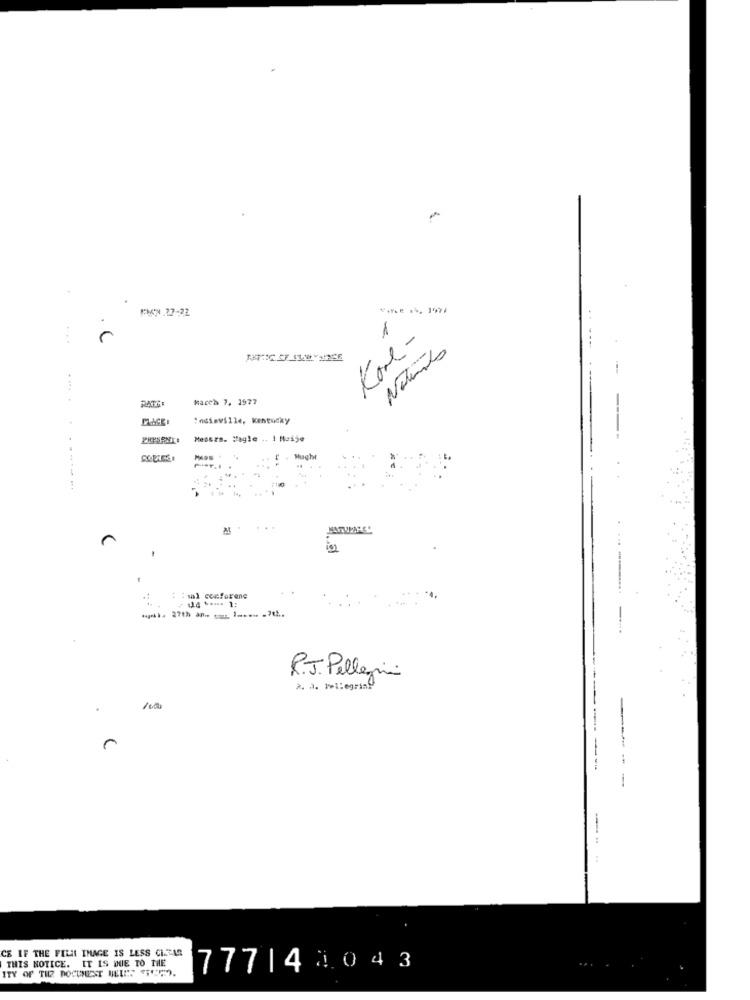
FMCN.27-22
1
r
Kore -
Notemito
. ....
RATE
March 7, 1977
PLACE
:asiaville, Kentucky
Messrs. Magle .. I Huśje
Hught
d
: : mal conforene
114 ..... 1:
R.J. Pellegrini
2. a. Pellegrino
100
C
------
...
CE IF THE FILL IMAGE IS LESS CITAR
THIS NOTICE. IT IS DUE TO THE
ITY OF THE DOCUMENT MELES ST.
777|44043